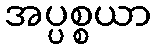
အပ္ပစ္စယာ